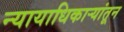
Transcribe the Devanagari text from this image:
न्यायाधिकाऱ्यांतून